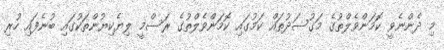
މި ދެންނެވީ ކޮމަންވެލްތުގެ މަގުސަދުތައް ކަމުގައި ކޮމަންވެލްތުގެ ރަސްމީ ލިޔެކިޔުންތަކުގައި ބުނެފައި ހުރި